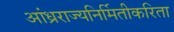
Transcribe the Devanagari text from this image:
आंध्रराज्यनिर्मितीकरिता